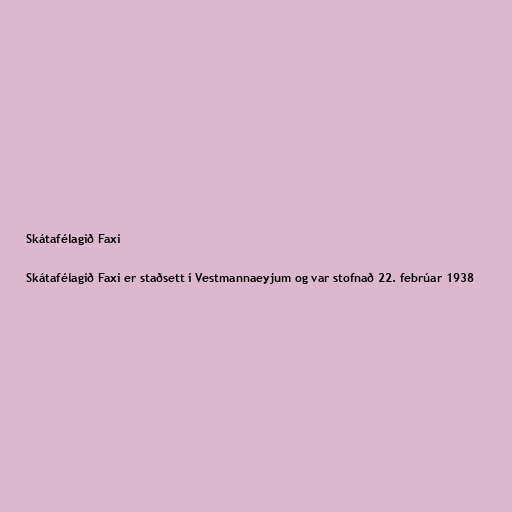
Skátafélagið Faxi

Skátafélagið Faxi er staðsett í Vestmannaeyjum og var stofnað 22. febrúar 1938